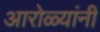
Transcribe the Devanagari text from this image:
आरोळ्यांनी